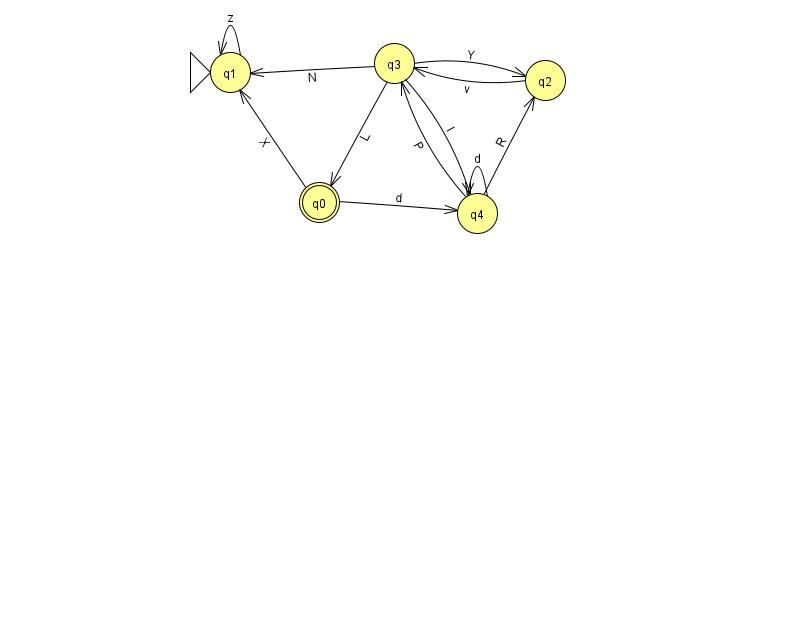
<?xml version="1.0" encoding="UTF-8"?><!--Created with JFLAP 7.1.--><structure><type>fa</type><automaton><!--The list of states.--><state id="0" name="q0"><x>319.0</x><y>189.0</y><final/></state><state id="1" name="q1"><x>230.0</x><y>59.0</y><initial/></state><state id="2" name="q2"><x>545.0</x><y>67.0</y></state><state id="3" name="q3"><x>394.0</x><y>50.0</y></state><state id="4" name="q4"><x>477.0</x><y>200.0</y></state><!--The list of transitions.--><transition><from>3</from><to>2</to><read>Y</read></transition><transition><from>4</from><to>3</to><read>P</read></transition><transition><from>4</from><to>4</to><read>d</read></transition><transition><from>3</from><to>0</to><read>L</read></transition><transition><from>3</from><to>1</to><read>N</read></transition><transition><from>3</from><to>4</to><read>I</read></transition><transition><from>1</from><to>1</to><read>z</read></transition><transition><from>4</from><to>2</to><read>R</read></transition><transition><from>0</from><to>1</to><read>X</read></transition><transition><from>0</from><to>4</to><read>d</read></transition><transition><from>2</from><to>3</to><read>v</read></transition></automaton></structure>